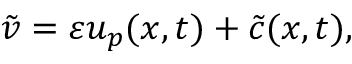
\tilde { v } = \varepsilon u _ { p } ( x , t ) + \tilde { c } ( x , t ) ,